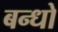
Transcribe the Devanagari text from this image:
बन्धो